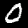
Digit: 0